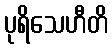
ပုရိသေဟီတိ